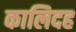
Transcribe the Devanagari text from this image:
कालिदह